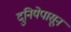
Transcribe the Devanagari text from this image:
दुनियेपासून